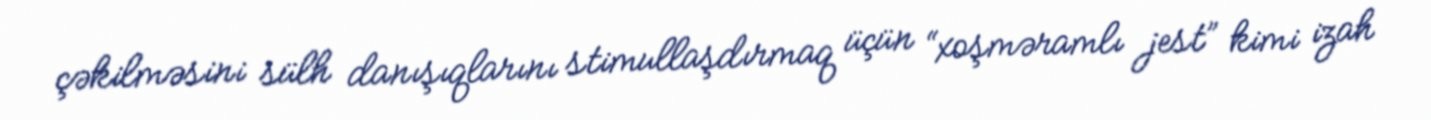
çəkilməsini sülh danışıqlarını stimullaşdırmaq üçün “xoşməramlı jest” kimi izah